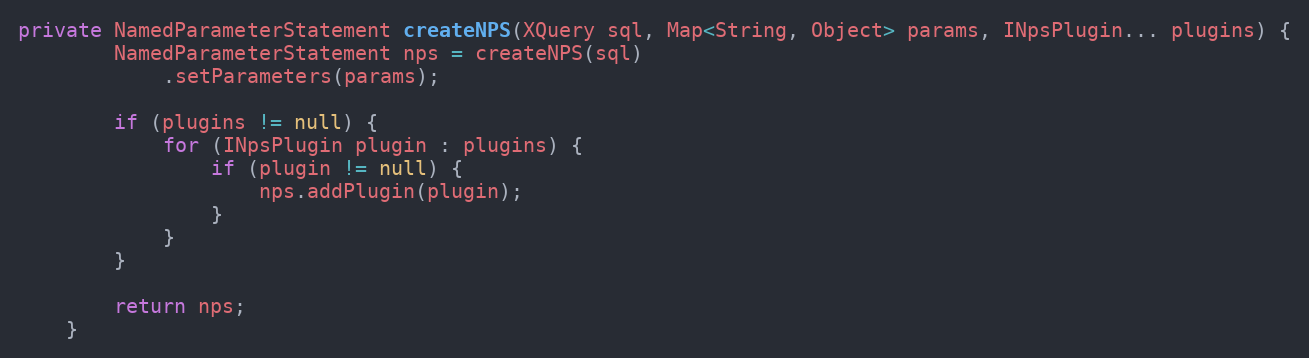
Language: Java
private NamedParameterStatement createNPS(XQuery sql, Map<String, Object> params, INpsPlugin... plugins) {
		NamedParameterStatement nps = createNPS(sql)
			.setParameters(params);

		if (plugins != null) {
			for (INpsPlugin plugin : plugins) {
				if (plugin != null) {
					nps.addPlugin(plugin);
				}
			}
		}

		return nps;
	}